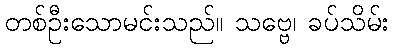
တစ်ဦးသောမင်းသည်။ သဗ္ဗေ၊ ခပ်သိမ်း